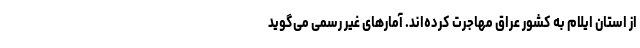
از استان ایلام به کشور عراق مهاجرت کرده‌اند. آمارهای غیر رسمی می‌گوید